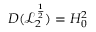
D ( \mathcal { L } _ { 2 } ^ { \frac { 1 } { 2 } } ) = H _ { 0 } ^ { 2 }